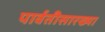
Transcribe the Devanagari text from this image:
पार्वतीसारख्या